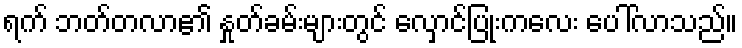
ရက် ဘတ်တလာ၏ နှုတ်ခမ်းများတွင် လှောင်ပြုံးကလေး ပေါ်လာသည်။